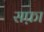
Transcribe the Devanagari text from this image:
सफ़ा